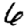
Digit: 6